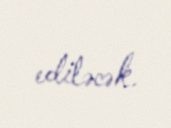
ediləcək.